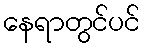
နေရာတွင်ပင်